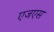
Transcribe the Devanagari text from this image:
एजएस